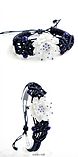
荷叶五寸荷花娇，贴波不碍画船摇